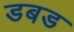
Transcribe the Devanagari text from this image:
डबड